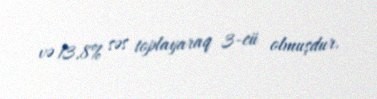
və 13,8% səs toplayaraq 3-cü olmuşdur.